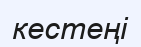
кестеңі